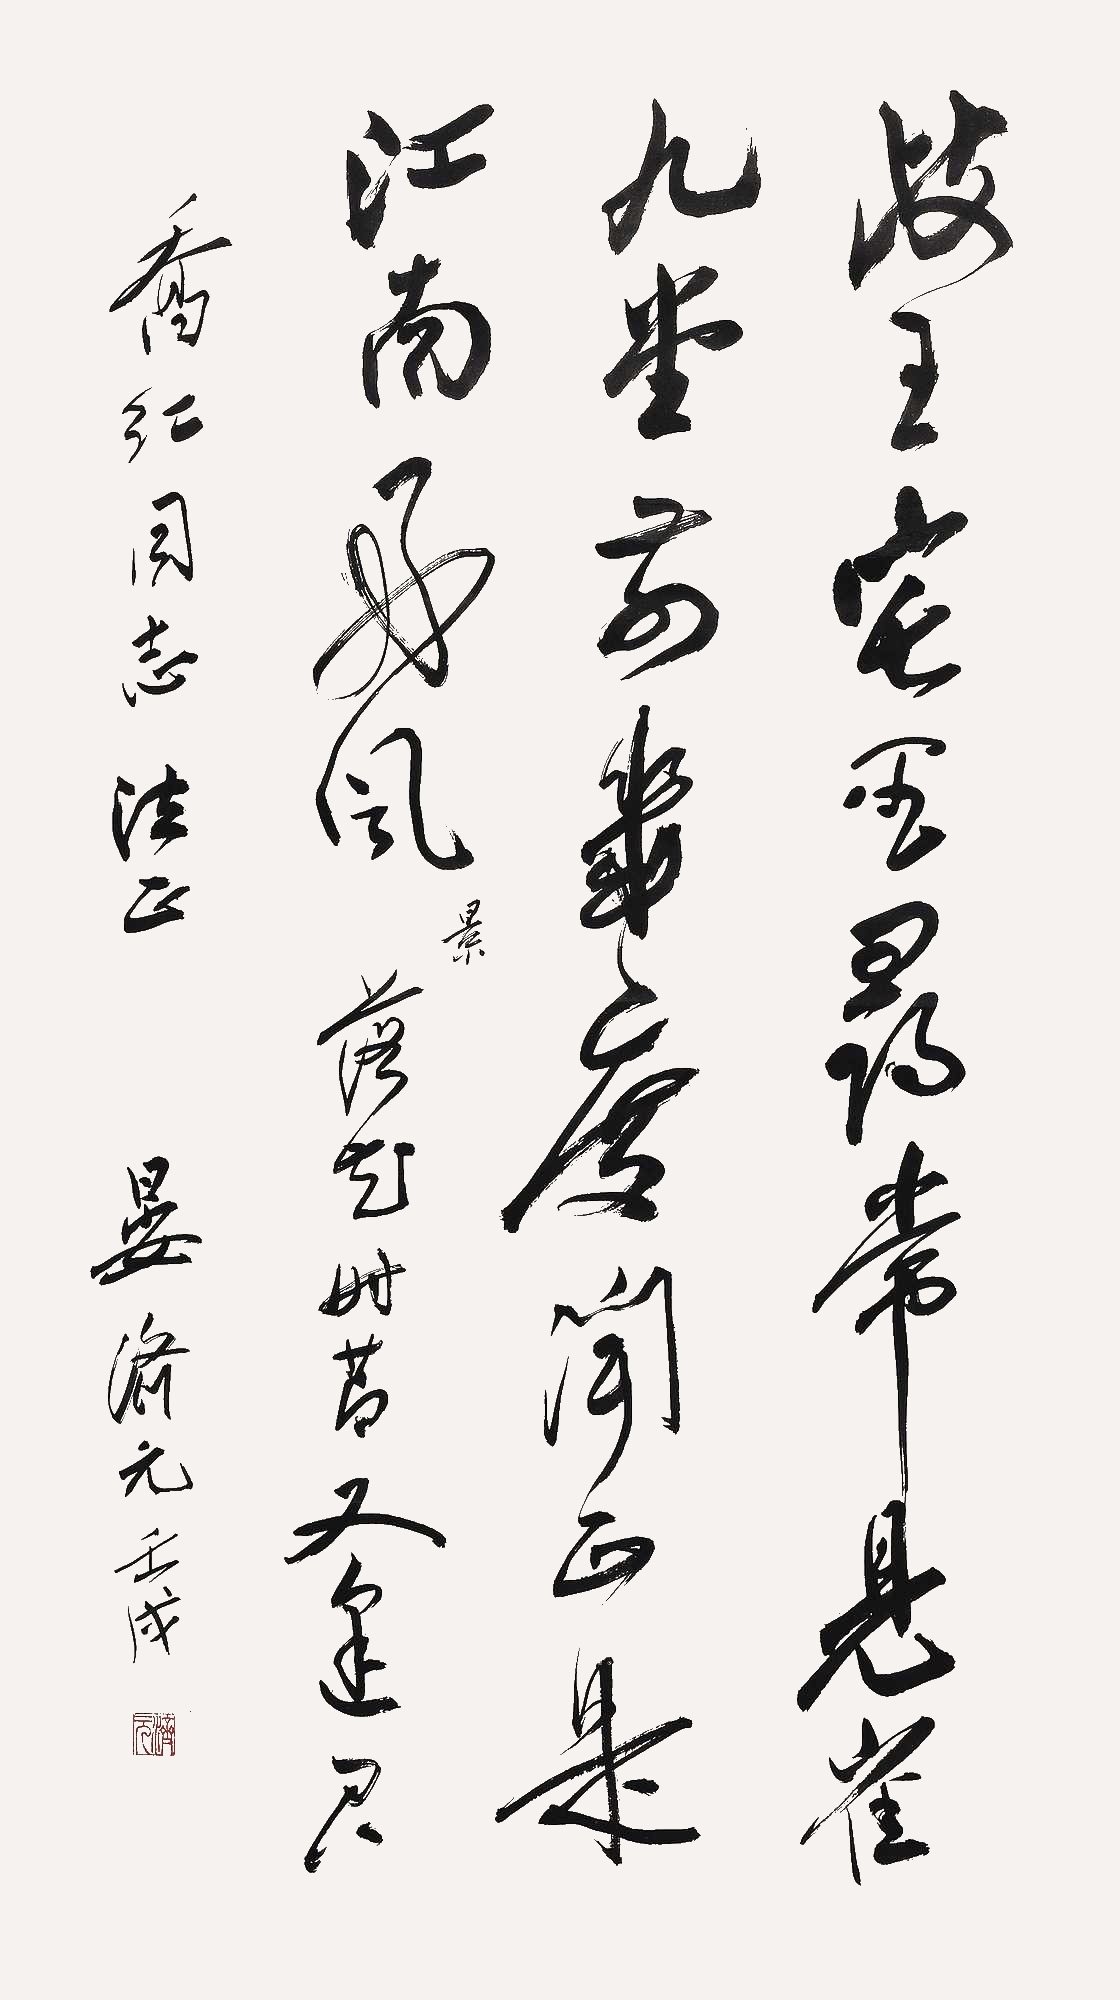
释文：岐王宅里寻常见，崔九堂前几度闻。正是江南好风景，落花时节又逢君。乔红同志法正，晏济元壬戌。